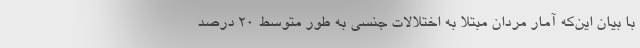
با بیان این‌که آمار مردان مبتلا به اختلالات جنسی به طور متوسط ۲۰ درصد